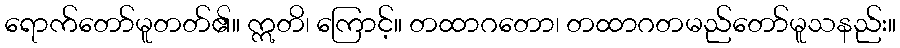
ရောက်တော်မူတတ်၏။ ဣတိ၊ ကြောင့်။ တထာဂတော၊ တထာဂတမည်တော်မူသနည်း။